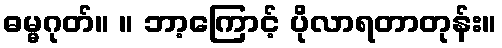
ဓမ္မဂုတ်။ ။ ဘာ့ကြောင့် ပိုလာရတာတုန်း။